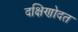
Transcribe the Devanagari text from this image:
दक्षिणोदत